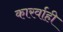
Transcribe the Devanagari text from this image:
कारर्वाही